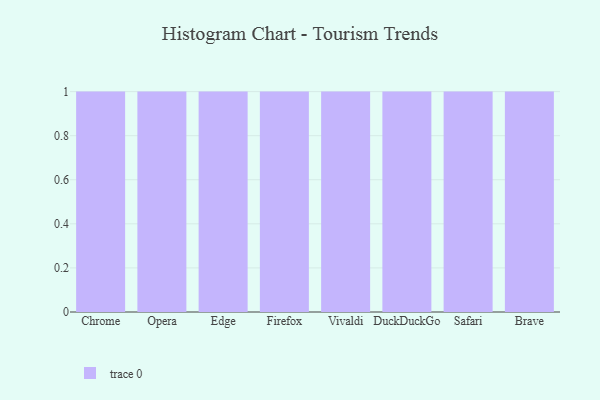
{"axis": {"x": "Browser", "y": "Population (Million)"}, "legend": [""], "data": [{"x": "Chrome", "y": 69, "type": ""}, {"x": "Opera", "y": 65, "type": ""}, {"x": "Edge", "y": 42, "type": ""}, {"x": "Firefox", "y": 70, "type": ""}, {"x": "Vivaldi", "y": 52, "type": ""}, {"x": "DuckDuckGo", "y": 68, "type": ""}, {"x": "Safari", "y": 76, "type": ""}, {"x": "Brave", "y": 14, "type": ""}]}